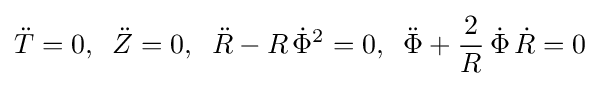
{\ddot {T}}=0,\;\;{\ddot {Z}}=0,\;\;{\ddot {R}}-R\,{\dot {\Phi }}^{2}=0,\;\;{\ddot {\Phi }}+{\frac {2}{R}}\,{\dot {\Phi }}\,{\dot {R}}=0